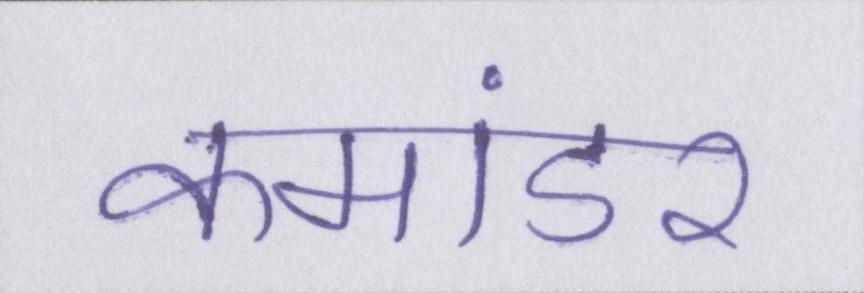
कमांडर